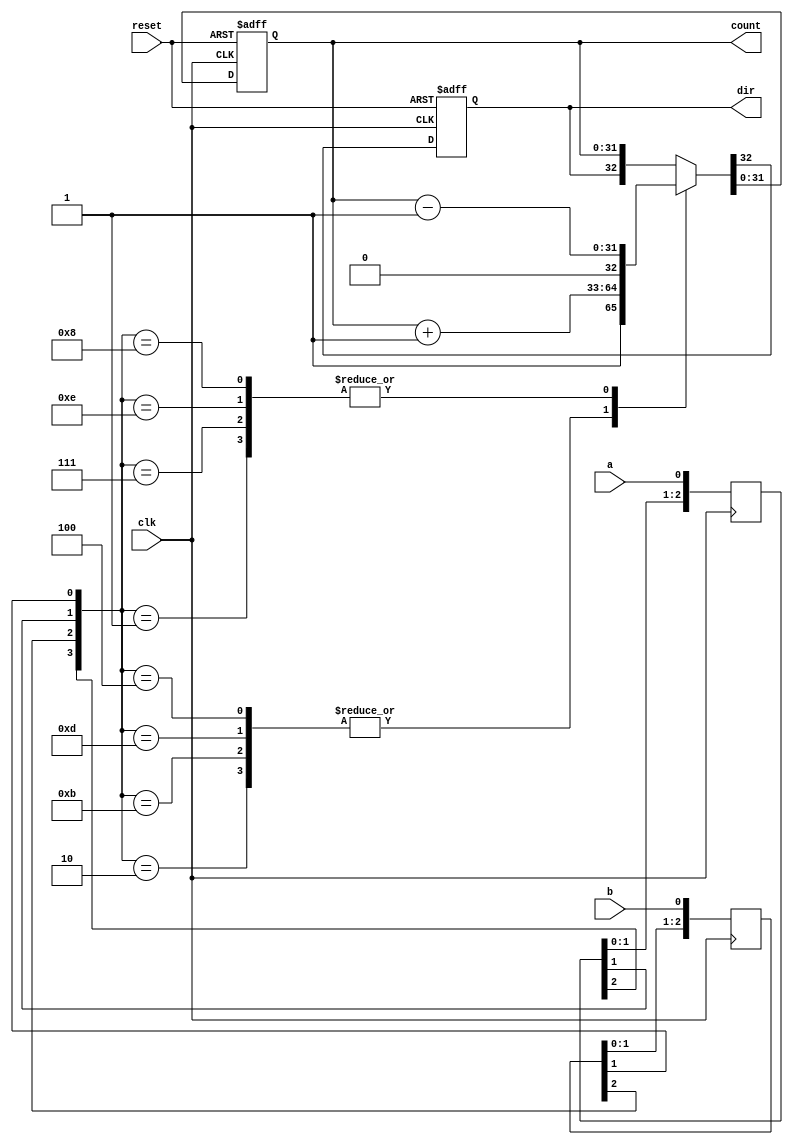
module quadrature_encoder(
    input clk,
    input reset,
    input a,
    input b,
    output dir,
    output [31:0] count
    );

reg [2:0] a_prev;
reg [2:0] b_prev;
reg dir_reg=1'b0;
reg [31:0] count_reg=0;


//assumes debounced inputs and synchronous reset

//need  a shift register  to keep track of previous state
always @(posedge clk)
 begin
    a_prev <= {a_prev[1:0],a};
    b_prev <= {b_prev[1:0],b};
  end
  
always @(posedge clk or posedge reset)
   begin
    if (reset == 1'b1) begin
       {dir_reg, count_reg} <= {1'b0, 32'b0};
      end
    else
     case ({a_prev[2],b_prev[2],a_prev[1],b_prev[1]})
      4'b0010: {dir_reg,count_reg} <={1'b1,count_reg+32'b1};
      4'b1011: {dir_reg,count_reg} <={1'b1,count_reg+32'b1};
      4'b1101: {dir_reg,count_reg} <={1'b1,count_reg+32'b1};
      4'b0100: {dir_reg,count_reg} <={1'b1,count_reg+32'b1};
      4'b0001: {dir_reg,count_reg} <={1'b0,count_reg-32'b1};
      4'b0111: {dir_reg,count_reg} <={1'b0,count_reg-32'b1};
      4'b1110: {dir_reg,count_reg} <={1'b0,count_reg-32'b1};
      4'b1000: {dir_reg,count_reg} <={1'b0,count_reg-32'b1};
      default: {dir_reg,count_reg} <= {dir_reg,count_reg};
     endcase
   end
     
assign count=count_reg;
assign dir = dir_reg;
     
endmodule